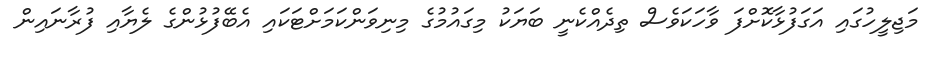
މަޖިލީހުގައި އަގަފުޅާކޮށްފަ ވާހަކަވެސް ތިދެއްކެނީ ބަޔަކު މިގައުމުގެ މިނިވަންކަމަށްޓަކައި އެބޭފުޅުންގެ ލެޔާއި ފުރާނައިން